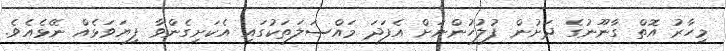
މިހާރު އޮތް ގާނޫނުގެ ދަށުން ފުލުހުންނަށް އެފަދަ މައްސަލަތަކުގައި އެކަށިގެންވާ ފިޔަވަޅެއް ނޭޅެއެވެ.